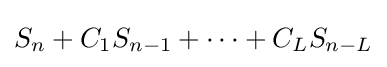
S_{n}+C_{1}S_{n-1}+\cdots +C_{L}S_{n-L}